system: You are a helpful assistant.
user:
Analyze the provided spectrum to determine if it is a **"Cataclysmic Variables (CV)"**.

- **Key Indicators for CV (Check for either state):**
    - **State 1: Quiescent / Low-State (Emission-Dominated)**
        - **(Primary):** Strong and *very broad* Hydrogen Balmer emission lines (e.g., $H\alpha$ at 6563 Å, $H\beta$ at 4861 Å). The 'broadness' (high velocity dispersion, often FWHM > 1000 km/s) is the key diagnostic, indicating a high-velocity accretion disk.
        - **(Secondary):** Broad neutral Helium (He I) emission lines (e.g., 5876 Å, 6678 Å).
        - **(Key Confirmation):** Presence of high-excitation *ionized* Helium (He II) emission at 4686 Å. This is a strong indicator of accretion onto a white dwarf.
        - **(Line Profile):** Emission lines may exhibit a 'double-peaked' profile, which is a classic signature of a rotating accretion disk viewed at high inclination.

    - **State 2: Outburst / High-State (Absorption-Dominated)**
        - **(Primary):** Spectrum is dominated by a bright, blue continuum (looks like a hot star).
        - **(Secondary):** The emission lines from State 1 are weak, absent, or 'filled in', and are replaced by broad, shallow *absorption* lines (primarily Balmer and He I).
        - **(Morphology):** The overall spectrum mimics a hot B/A-type star. The crucial difference is that the absorption lines are significantly broader, shallower, and more 'washed-out' (or 'smeared') than the sharp lines of a normal stellar photosphere, due to high rotational speeds and pressure broadening in the disk.

Think first, call **spectral_visualization_tool** if needed to examine features in detail, then provide your final answer. Your response must adhere to the following strict rules:
1.  **Overall Structure:** Your response must follow the format `<think>...</think> <tool_call>...</tool_call> (if a tool is used) <answer>...</answer>`.
2.  **Tool Usage Constraint:** You may only make **one** tool call per turn.
3.  **Final Answer Format:** In the `<answer>` tag, your conclusion must be inside a `\boxed{}` command (e.g., `\boxed{YES}`), followed by your justification.

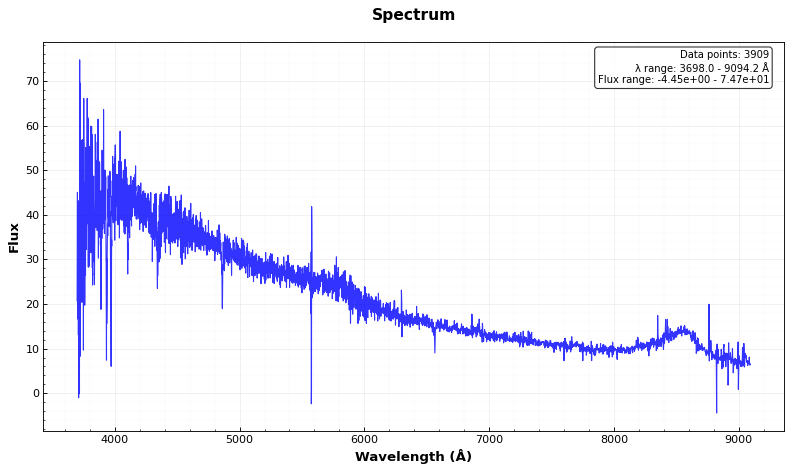
Answer: NO